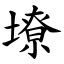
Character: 㙩